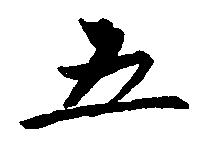
五